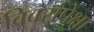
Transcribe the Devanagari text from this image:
विवरांपेक्षा